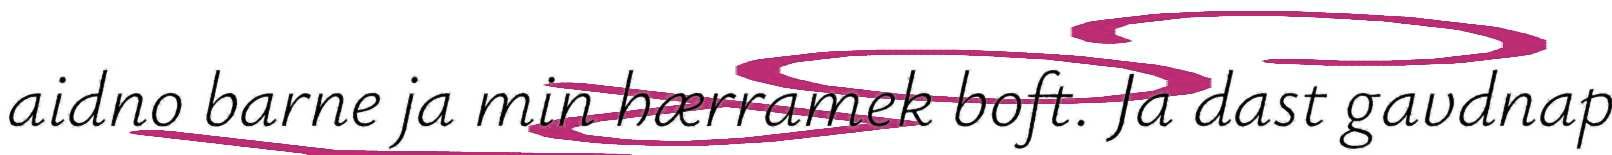
aidno barne ja min hærramek boft. Ja dast gavdnap